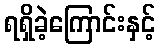
ရရှိခဲ့ကြောင်းနှင့်